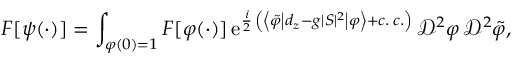
F \lbrack \psi ( \cdot ) \rbrack = \int _ { \varphi ( 0 ) = 1 } F \lbrack \varphi ( \cdot ) \rbrack \, \mathrm { e } ^ { \frac { i } { 2 } \, \left( \left\langle \tilde { \varphi } \left\vert d _ { z } - g \vert S \vert ^ { 2 } \right\vert \varphi \right\rangle + c . \, c . \right) } \, \mathscr { D } ^ { 2 } \varphi \, \mathscr { D } ^ { 2 } \tilde { \varphi } ,